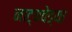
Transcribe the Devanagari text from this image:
नाट्यवेड्या